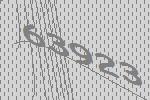
63923